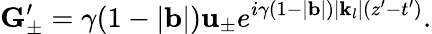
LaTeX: \mathbf{G}_{\pm}^{\prime}=\gamma(1-|\mathbf{b}|)\mathbf{u}_{\pm}e^{i\gamma(1-|\mathbf{b}|)|\mathbf{k}_{l}|(z^{\prime}-t^{\prime})}.